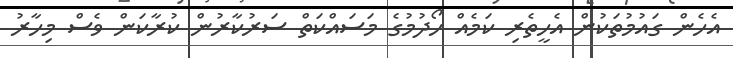
އެހެން ގައުމުތަކުން އެހީތެރި ކަމެއް ހޯދުމުގެ މަސައްކަތް ސަރުކާރުން ކުރާކަން ވެސް މިހާރު